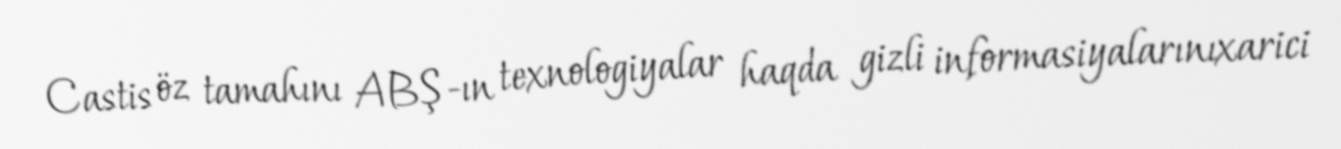
Castis öz tamahını ABŞ-ın texnologiyalar haqda gizli informasiyalarınıxarici